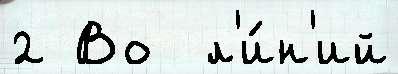
2 Во  л'и́н'ий